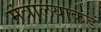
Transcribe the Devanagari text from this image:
मंत्रालयाकडं